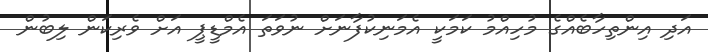
އަދި އިންތިހާބެއްގެ މުހިއްމު ކަމަކީ އެމަނިކުފާނަށް ނުވަތަ އެމްޑީޕީ އަށް ވެރިކަން ލިބުން